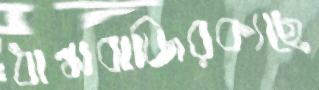
ধান্ধাবাজিরক্যছে